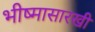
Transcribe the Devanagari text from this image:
भीष्मासारखी